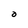
Character: O